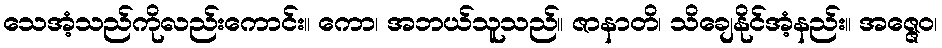
သေအံ့သည်ကိုလည်းကောင်း။ ကော၊ အဘယ်သူသည်။ ဇာနာတိ၊ သိချေနိုင်အံ့နည်း။ အဇ္ဇေဝ၊